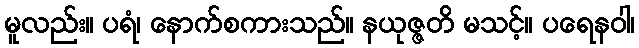
မူလည်း။ ပရံ၊ နောက်စကားသည်။ နယုဇ္ဇတိ မသင့်။ ပရေနဝါ၊